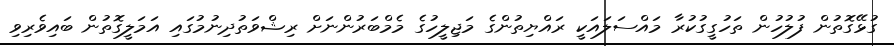
ގުޅޭގޮތުން ފުލުހުން ތަހުގީގުކުރާ މައްސަލައަކީ ރައްޔިތުންގެ މަޖިލީހުގެ މެމްބަރުންނަށް ރިޝްވަތުދިނުމުގައި އަމަލީގޮތުން ބައިވެރިވި